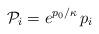
LaTeX: \begin{align*} {\cal P}_{i}= e^{p_0/\kappa} \, p_i\end{align*}